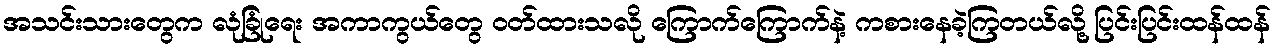
အသင်းသားတွေက လုံခြုံရေး အကာကွယ်တွေ ဝတ်ထားသလို ကြောက်ကြောက်နဲ့ ကစားနေခဲ့ကြတယ်လို့ ပြင်းပြင်းထန်ထန်